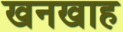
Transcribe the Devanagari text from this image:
खनखाह